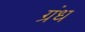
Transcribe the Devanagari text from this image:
ग्रंध